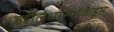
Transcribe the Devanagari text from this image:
वडीलधाऱ्यांकडून